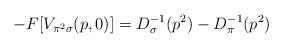
LaTeX: \begin{align*}-F[V_{\pi ^{2}\sigma }(p,0)]=D_{\sigma }^{-1}(p^{2})-D_{\pi }^{-1}(p^{2})\end{align*}